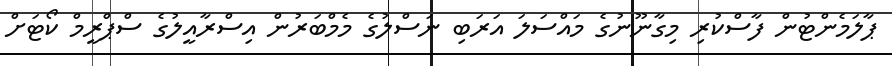
ޕާލަމެންޓުން ފާސްކުރި މިގާނޫނުގެ މައްސަލަ އަރަބި ނަސްލުގެ މެމްބަރުން އިސްރާއީލުގެ ސްޕްރީމް ކޯޓަށް